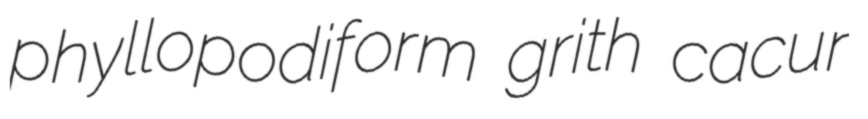
phyllopodiform grith cacur